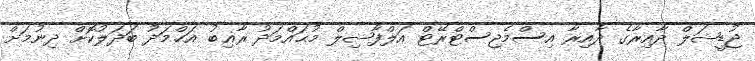
ޖުޑީޝަލް ދާއިރާގެ ދާއިރާ އިސްމެޖިސްޓްރޭޓް އަލްފާޟިލް މުޙައްމަދު ރާޣިބު އަޙްމަދު ބަދަލުކޮށް ދިނުމަށް